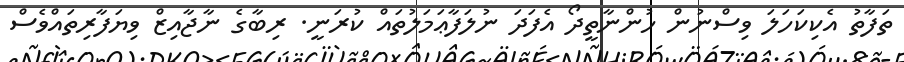
ތަފާތު އެކިކަހަލަ ވިސްނުން ހުންނާތީދޯ އެފަދަ ނުލަފާޢަމަލުތައް ކުރަނީ. ރިބާގެ ނާޖާއިޒް ވިޔަފާރިތައްވެސް